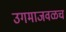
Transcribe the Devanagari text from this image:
उगमाजवळच